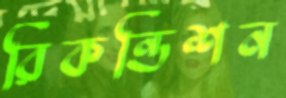
রিকন্ডিশন